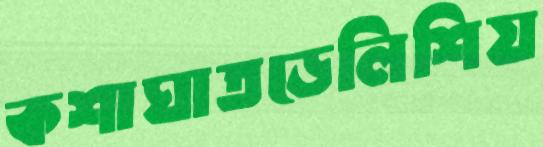
কশাঘাতডেলিশিয়